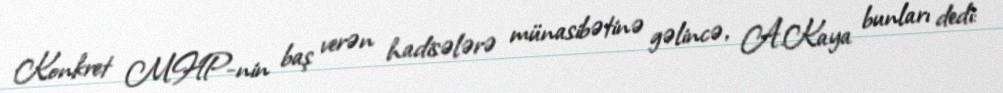
Konkret MHP-nin baş verən hadisələrə münasibətinə gəlincə, A.Kaya bunları dedi: